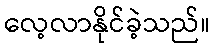
လေ့လာနိုင်ခဲ့သည်။